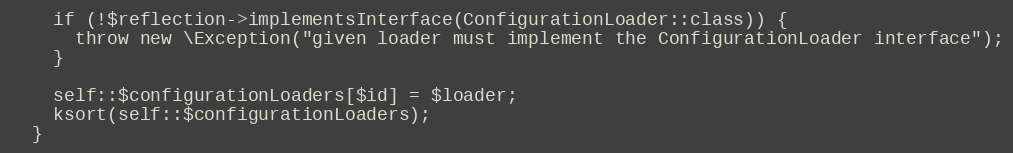
Language: PHP
    if (!$reflection->implementsInterface(ConfigurationLoader::class)) {
      throw new \Exception("given loader must implement the ConfigurationLoader interface");
    }

    self::$configurationLoaders[$id] = $loader;
    ksort(self::$configurationLoaders);
  }